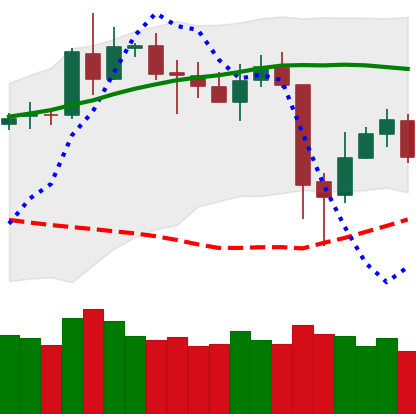
Ticker: BNB-USD
Chart end date: 2020-05-15
Forward return: 7.196%
Label: up_7plus